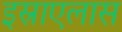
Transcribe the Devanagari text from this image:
इस्राएलास